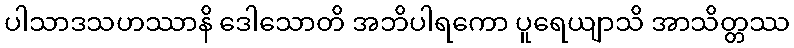
ပါသာဒသဟဿာနိ ဒေါသောတိ အဘိပါရကော ပူရေယျာသိ အာသိတ္တဿ